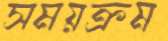
সময়ক্রম